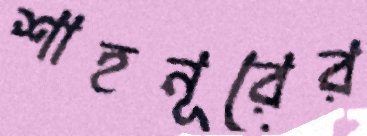
শাহনূরের